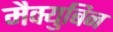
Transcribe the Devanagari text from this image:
मैक्युबिन